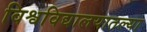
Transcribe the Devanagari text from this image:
विश्वविद्यालयातल्या